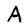
Character: A